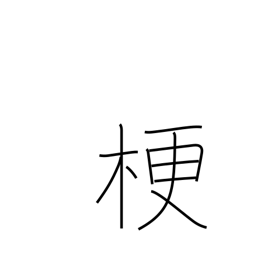
Meaning: close up